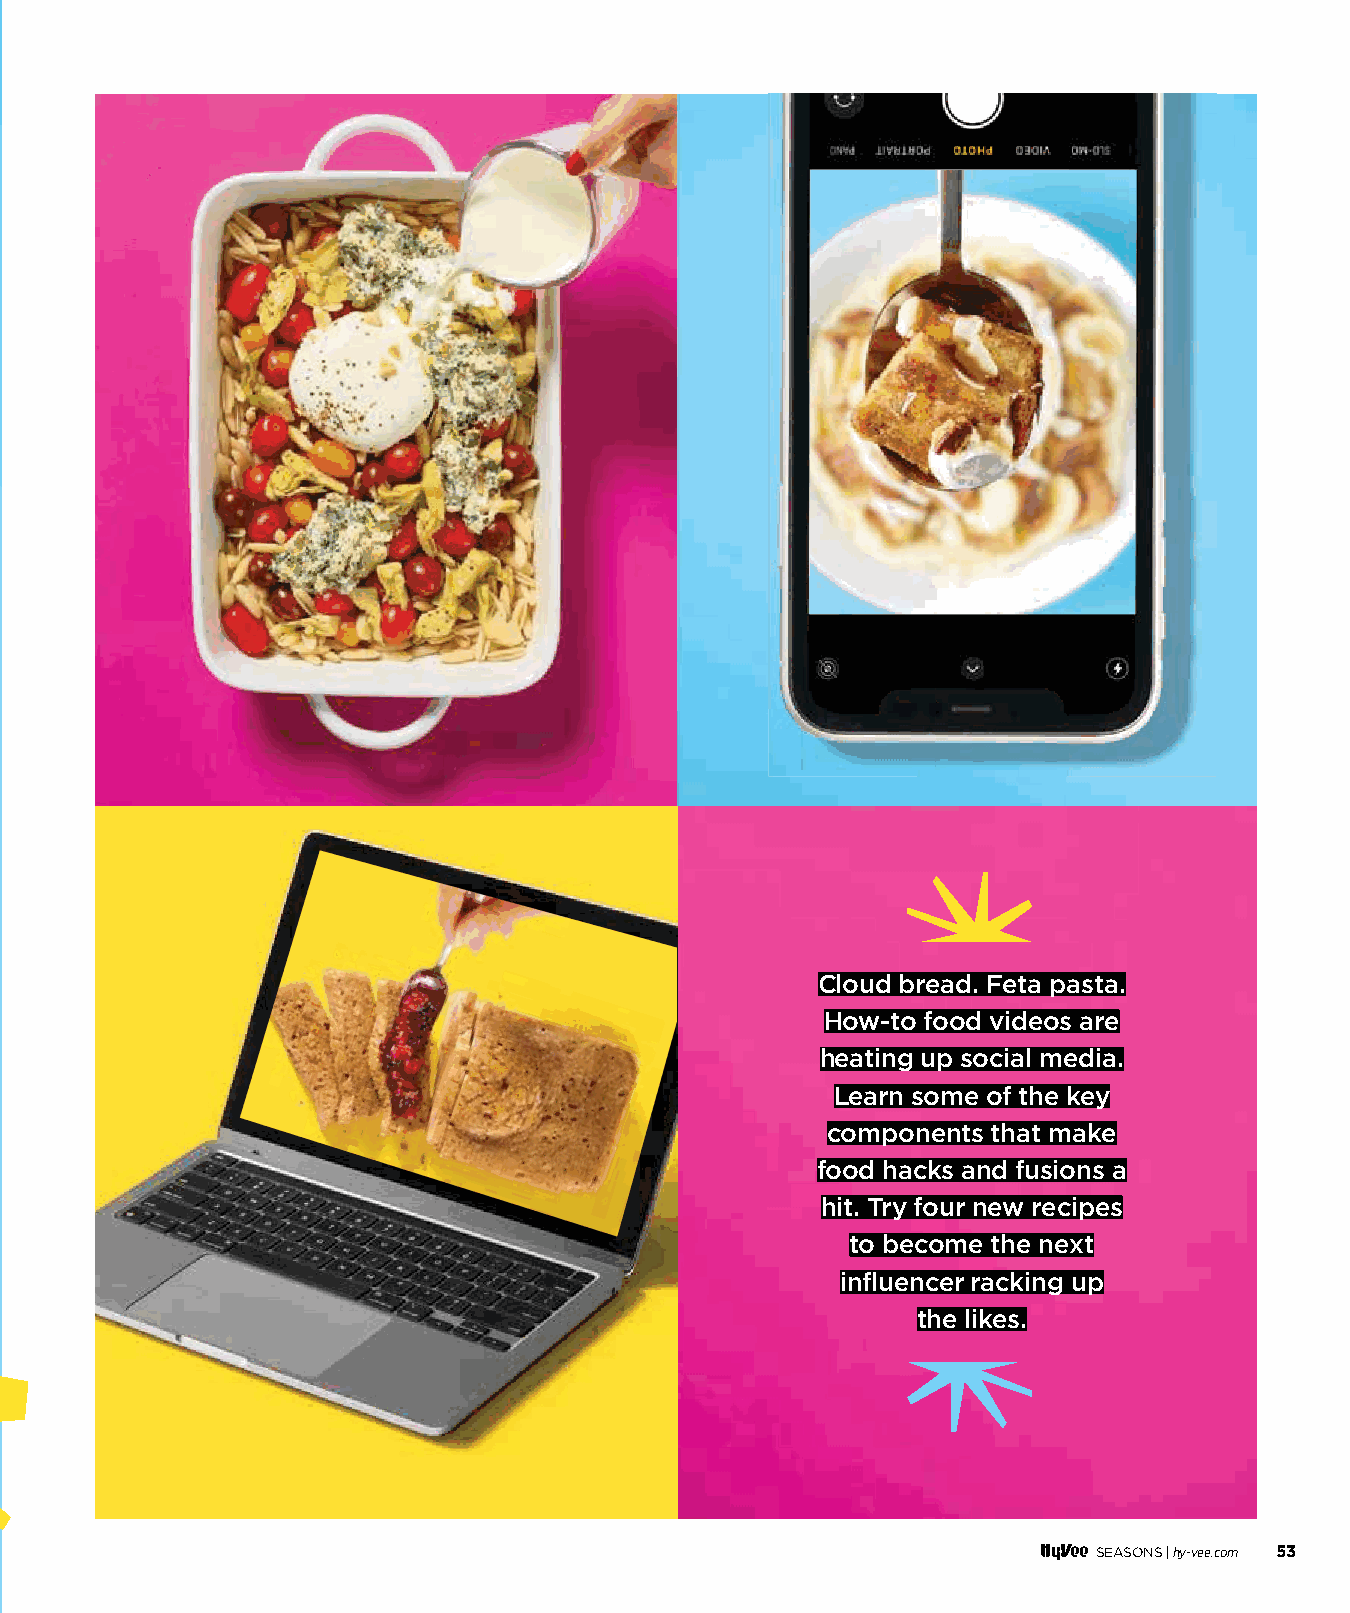
Cloud bread. Feta pasta.
 How-to food videos are
 heating up social media.
 Learn some of the key
 components that make
 food hacks and fusions a
 hit. Try four new recipes
 to become the next
 influencer racking up
 the likes.
 SEASONS |hy-vee.com 53
 005522--005577 FFoooodd GGoonnee VViirraall__1111..2299..iinndddd 5533           1111//2299//2211 1100::3388 AAMM